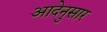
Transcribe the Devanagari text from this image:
आदेनुसार